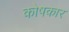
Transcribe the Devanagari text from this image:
काेषकार